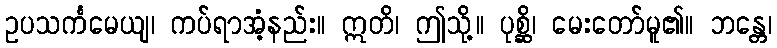
ဥပသင်္ကမေယျ၊ ကပ်ရာအံ့နည်း။ ဣတိ၊ ဤသို့။ ပုစ္ဆိ၊ မေးတော်မူ၏။ ဘန္တေ၊